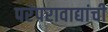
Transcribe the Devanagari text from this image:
परंपरावाद्यांची